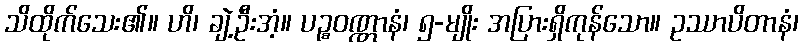
သိထိုက်သေး၏။ ဟိ၊ ချဲ့ဦးအံ့။ ပဉ္စဝဏ္ဏာနံ၊ ၅-မျိုး အပြားရှိကုန်သော။ ဥဿာပိတာနံ၊